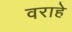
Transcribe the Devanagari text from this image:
वराहे